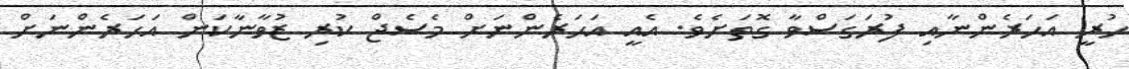
ހުރީ އަހަރެންނާއި ފުރަގަސްވާ ގޮތަށެވެ. އެއީ އަހަރެންނަށް މެސެޖް ކުރި ޒުވާނާކަން އަހަރެންނަށް